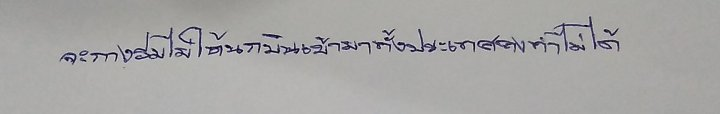
จะกางร่มไม่ให้นกบินเข้ามาทั้งประเทศคงทำไม่ได้